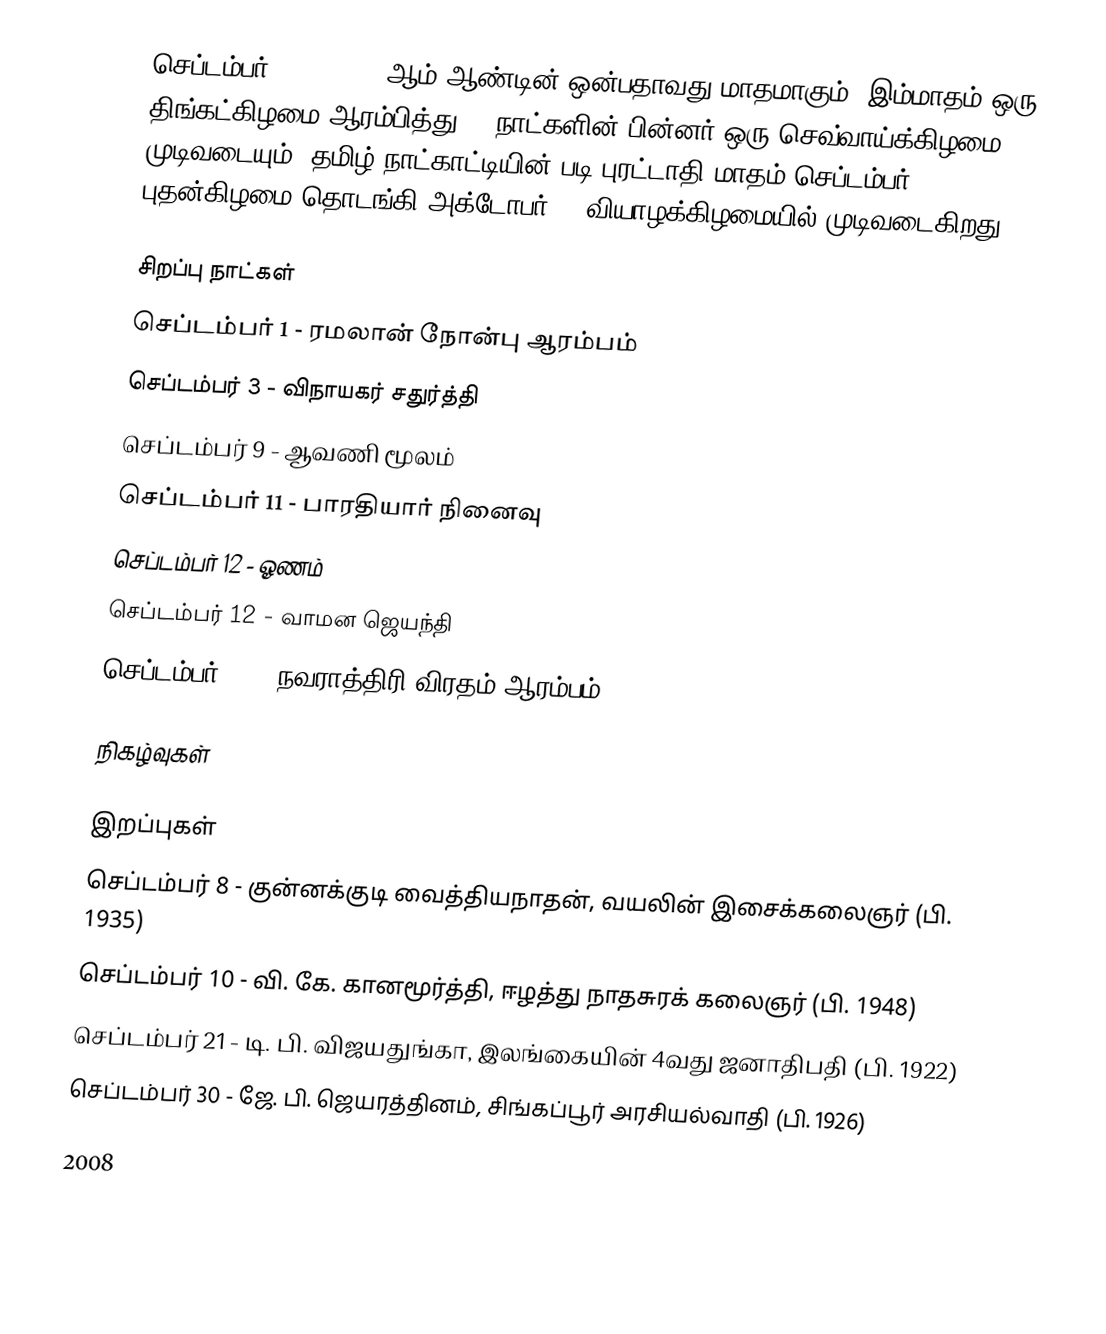
செப்டம்பர் 2008, 2008 ஆம் ஆண்டின் ஒன்பதாவது மாதமாகும். இம்மாதம் ஒரு திங்கட்கிழமை ஆரம்பித்து 30 நாட்களின் பின்னர் ஒரு செவ்வாய்க்கிழமை முடிவடையும். தமிழ் நாட்காட்டியின் படி புரட்டாதி மாதம் செப்டம்பர் 17 புதன்கிழமை தொடங்கி அக்டோபர் 16 வியாழக்கிழமையில் முடிவடைகிறது.

சிறப்பு நாட்கள்
 செப்டம்பர் 1 - ரமலான் நோன்பு ஆரம்பம்
 செப்டம்பர் 3 - விநாயகர் சதுர்த்தி
 செப்டம்பர் 9 - ஆவணி மூலம்
 செப்டம்பர் 11 - பாரதியார் நினைவு
 செப்டம்பர் 12 - ஓணம்
 செப்டம்பர் 12 - வாமன ஜெயந்தி
 செப்டம்பர் 30 - நவராத்திரி விரதம் ஆரம்பம்

நிகழ்வுகள்

இறப்புகள்
 செப்டம்பர் 8 - குன்னக்குடி வைத்தியநாதன், வயலின் இசைக்கலைஞர் (பி. 1935)
 செப்டம்பர் 10 - வி. கே. கானமூர்த்தி, ஈழத்து நாதசுரக் கலைஞர் (பி. 1948)
 செப்டம்பர் 21 - டி. பி. விஜயதுங்கா, இலங்கையின் 4வது ஜனாதிபதி (பி. 1922)
 செப்டம்பர் 30 - ஜே. பி. ஜெயரத்தினம், சிங்கப்பூர் அரசியல்வாதி (பி. 1926)

2008